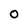
Character: O